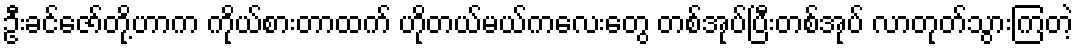
ဦးခင်ဇော်တို့ဟာက ကိုယ်စားတာထက် ဟိုတယ်မယ်ကလေးတွေ တစ်အုပ်ပြီးတစ်အုပ် လာတုတ်သွားကြတဲ့